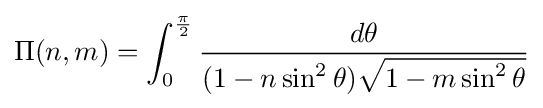
\Pi (n,m)=\int _{0}^{\frac {\pi }{2}}{\frac {d\theta }{(1-n\sin ^{2}\theta ){\sqrt {1-m\sin ^{2}\theta }}}}